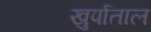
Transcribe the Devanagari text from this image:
खुर्पाताल